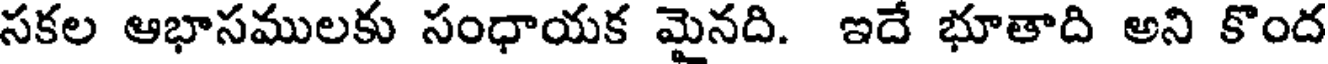
సకల ఆభాసములకు సంధాయక మైనది. ఇదే భూతాది అని కొంద